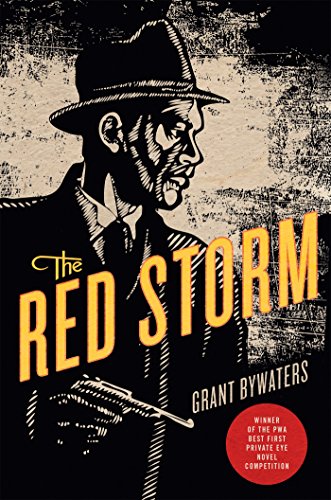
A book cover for The Red Storm: A Mystery; Grant Bywaters; Mystery, Thriller & Suspense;